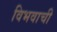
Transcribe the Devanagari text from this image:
विभवाची